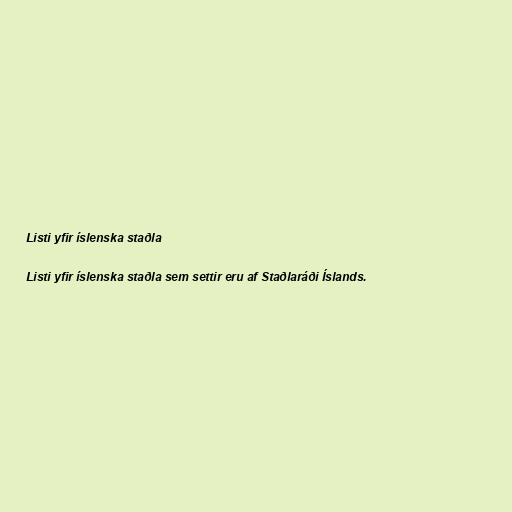
Listi yfir íslenska staðla

Listi yfir íslenska staðla sem settir eru af Staðlaráði Íslands.